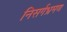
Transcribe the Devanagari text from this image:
निसर्गभ्रमण